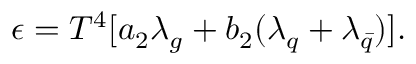
\epsilon = T ^ { 4 } [ a _ { 2 } \lambda _ { g } + b _ { 2 } ( \lambda _ { q } + \lambda _ { \bar { q } } ) ] .